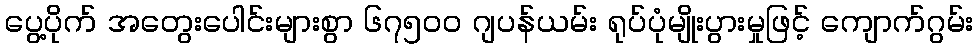
ပွေ့ပိုက် အတွေးပေါင်းများစွာ ၆၇၅၀၀ ဂျပန်ယမ်း ရုပ်ပုံမျိုးပွားမှုဖြင့် ကျောက်ဂွမ်း